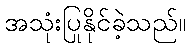
အသုံးပြုနိုင်ခဲ့သည်။